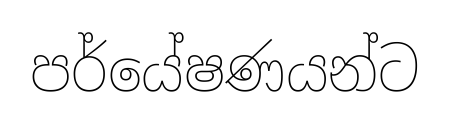
පර්යේෂණයන්ට